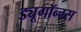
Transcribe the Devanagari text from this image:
ड्यूगॉन्ग्स